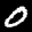
Label: 0